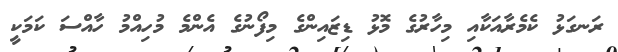
ރަނގަޅު ކެމެރާއަކާއި މިހާރުގެ މޮޅު ޑިޒައިންގެ މިފޯނުގެ އެންމެ މުހިއްމު ހާއްސަ ކަމަކީ